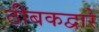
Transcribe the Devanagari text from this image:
ठीबकद्वारे